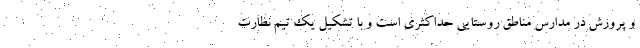
و پرورش در مدارس مناطق روستایی حداکثری است و با تشکیل یک تیم نظارت